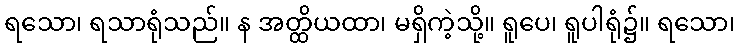
ရသော၊ ရသာရုံသည်။ န အတ္ထိယထာ၊ မရှိကဲ့သို့။ ရူပေ၊ ရူပါရုံ၌။ ရသော၊